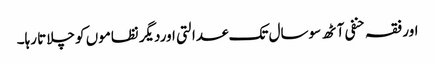
اور فقہ حنفی آٹھ سوسال تک عدالتی اوردیگر نظاموں کو چلاتا رہا۔